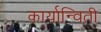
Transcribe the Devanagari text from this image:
कार्यान्विती